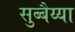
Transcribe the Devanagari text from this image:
सुब्बैय्या